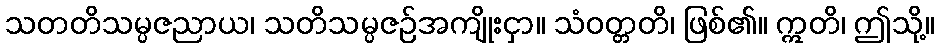
သတတိသမ္ပဇညာယ၊ သတိသမ္ပဇဉ်အကျိုးငှာ။ သံဝတ္တတိ၊ ဖြစ်၏။ ဣတိ၊ ဤသို့။